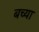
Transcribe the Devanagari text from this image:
बच्या